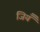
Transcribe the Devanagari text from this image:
जियँ